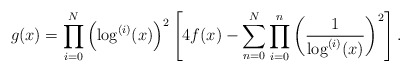
\begin{align*}g(x) = \prod_{i = 0}^N\left(\log^{(i)}(x)\right)^2 \left[4f(x) - \sum_{n = 0}^N \prod_{i = 0}^n \left(\frac{1}{\log^{(i)}(x)}\right)^2\right].\end{align*}